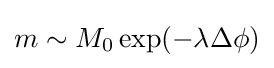
m\sim M_{0}\exp(-\lambda \Delta \phi )